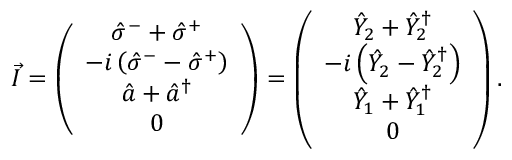
\vec { I } = \left( \begin{array} { c } { \hat { \sigma } ^ { - } + \hat { \sigma } ^ { + } } \\ { - i \left( \hat { \sigma } ^ { - } - \hat { \sigma } ^ { + } \right) } \\ { \hat { a } + \hat { a } ^ { \dagger } } \\ { 0 } \end{array} \right) = \left( \begin{array} { c } { \hat { Y } _ { 2 } + \hat { Y } _ { 2 } ^ { \dagger } } \\ { - i \left( \hat { Y } _ { 2 } - \hat { Y } _ { 2 } ^ { \dagger } \right) } \\ { \hat { Y } _ { 1 } + \hat { Y } _ { 1 } ^ { \dagger } } \\ { 0 } \end{array} \right) .